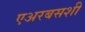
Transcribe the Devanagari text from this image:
एअरबसशी